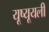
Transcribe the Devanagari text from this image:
यूष्यूयली